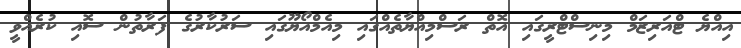
އިއްޔެ ޓްއަރިޒަމް މިނިސްޓްރީގައި އޮތް ރަސްމިއްޔާތެއްގައި މިއެމްއޯޔޫގައި ސަރުކާރުގެ ފަރާތުން ސޮއި ކުރެއްވީ